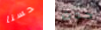
حسنا حدث